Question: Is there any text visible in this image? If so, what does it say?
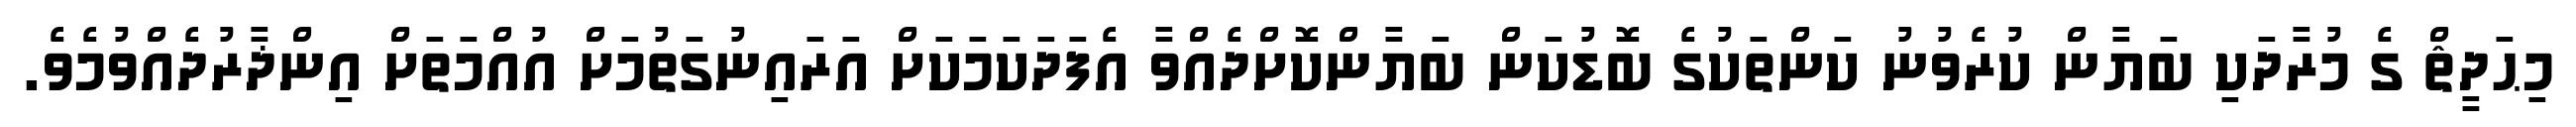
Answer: މިޙަދީޘް ގެ މުރާދަކި ބަޔާން ކުރެވުނު ކަންތަކުގެ ބޮޑުކަން ބަޔާންކޮށްދެއްވާ އެފަދަކަމަކަށް އަރައިނުގަތުމަށް އުއްމަތަށް އިންޛާރުދެއްވުމެވެ.